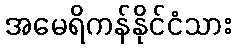
အမေရိကန်နိုင်ငံသား